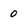
Character: 0